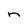
Character: n